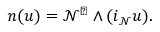
\boldsymbol { n } ( u ) = \mathcal { N } ^ { \flat } \wedge ( i _ { \mathcal { N } } u ) .